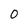
Character: 0